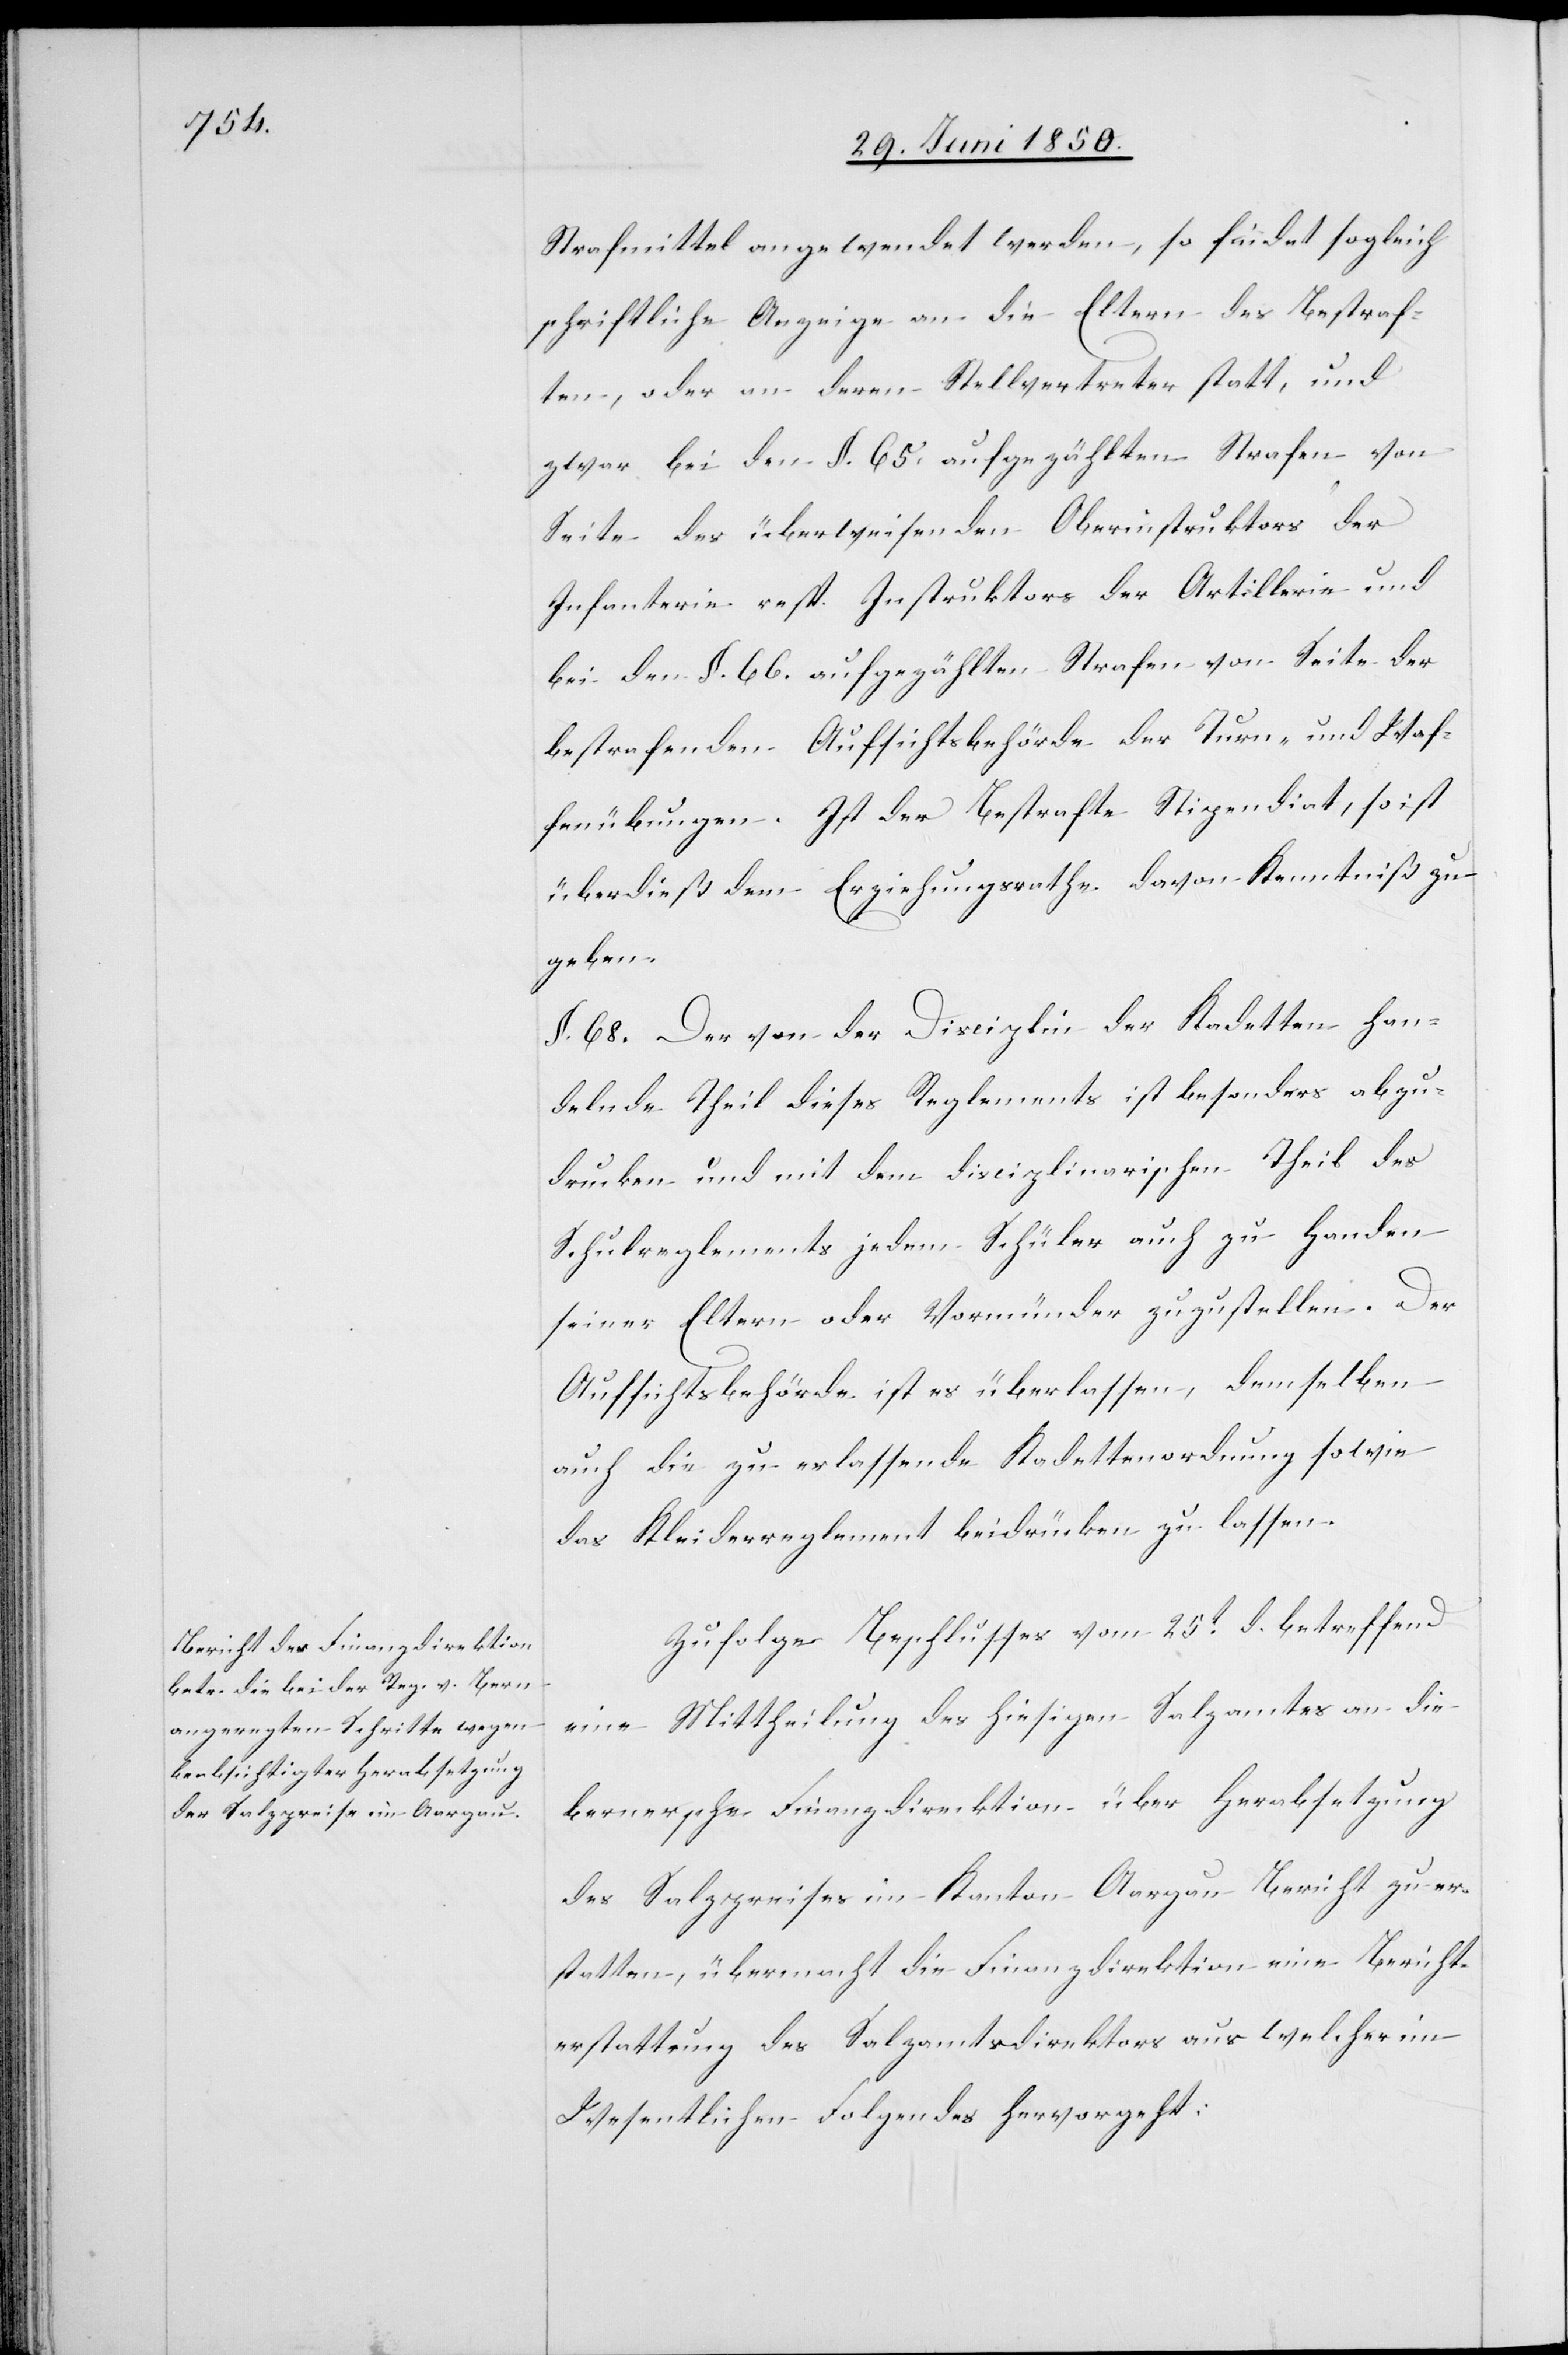
Zufolge Beschlusses vom 25t d. betreffend
eine Mittheilung des hiesigen Salzamtes an die
bernersche Finanzdirecktion über Herabsetzung
des Salzpreises im Kanton Aargau Bericht zu er¬
statten, übermacht die Finanzdirektion eine Bericht¬
erstattung des Salzamtsdirektors aus welcher im
Wesentlichen Folgendes hervorgeht: